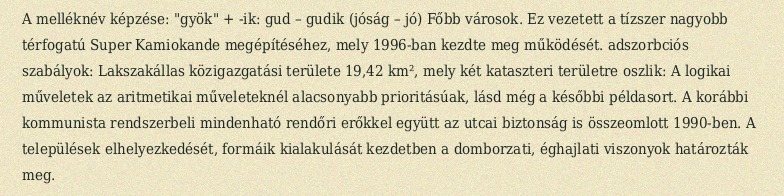
A melléknév képzése: "gyök" + -ik: gud – gudik (jóság – jó) Főbb városok. Ez vezetett a tízszer nagyobb térfogatú Super Kamiokande megépítéséhez, mely 1996-ban kezdte meg működését. adszorbciós szabályok: Lakszakállas közigazgatási területe 19,42 km², mely két kataszteri területre oszlik: A logikai műveletek az aritmetikai műveleteknél alacsonyabb prioritásúak, lásd még a későbbi példasort. A korábbi kommunista rendszerbeli mindenható rendőri erőkkel együtt az utcai biztonság is összeomlott 1990-ben. A települések elhelyezkedését, formáik kialakulását kezdetben a domborzati, éghajlati viszonyok határozták meg.